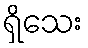
ရှိသေး